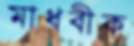
মাধবীক